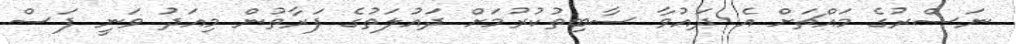
ނަސްރުގެ މައްޗަށް އެ ދައުވާ ސާބިތުކުރުމަށް ދައުލަތުގެ ފަރާތުން މިއަދު ވަނީ ފަސް